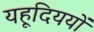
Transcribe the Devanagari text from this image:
यहूदिययों